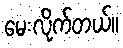
မေးလိုက်တယ်။